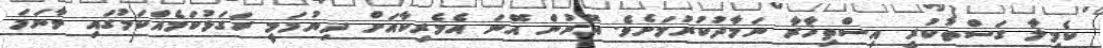
ކެމީލާ ގަސްތުކުރީ އިސްތިޚާރާ ނަމާދުކުރުމަށެވެ. އޭރުން އޭނަ އެމެރިކާއަށް ދިޔުމަމީ ރަގަޅުކަމެއްކަމުގައި ވާނަމަ